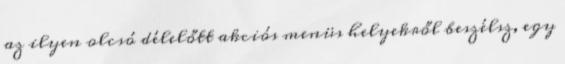
az ilyen olcsó délelőtt akciós menüs helyekről beszélsz, egy